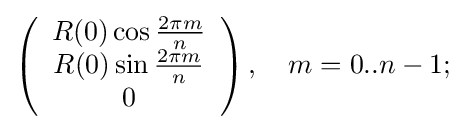
\left({\begin{array}{c}R(0)\cos {\frac {2\pi m}{n}}\\R(0)\sin {\frac {2\pi m}{n}}\\0\end{array}}\right),\quad m=0..n-1;